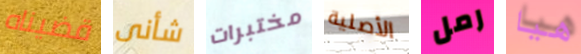
قضيناه شأنى مختبرات الأصلية رمل هيا